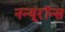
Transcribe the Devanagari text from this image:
नन्यूरॉन्स